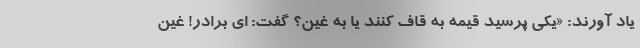
یاد آورند: «یکی پرسید قیمه به قاف کنند یا به غین؟ گفت: ای برادر! غین